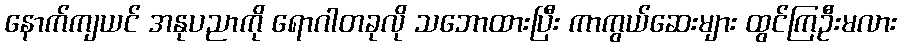
နောက်ကျယင် အနုပညာကို ရောဂါတခုလို သဘောထားပြီး ကာကွယ်ဆေးများ ထွင်ကြဦးမလား